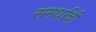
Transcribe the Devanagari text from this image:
समर्थाची